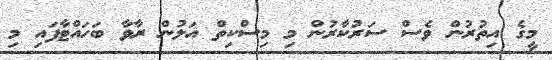
މީގެ އިތުރުން ވެސް ސަރުކާރުން މި މިސްކިތް އަލުން ރާވާ ބަހައްޓާފައި މި